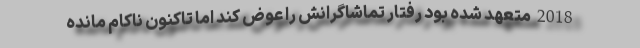
2018 متعهد شده بود رفتار تماشاگرانش را عوض کند اما تاکنون ناکام مانده